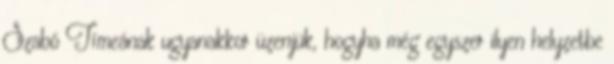
Szabó Tímeának ugyanakkor üzenjük, hogyha még egyszer ilyen helyzetbe